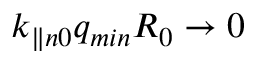
k _ { \parallel n 0 } q _ { m i n } R _ { 0 } \rightarrow 0